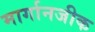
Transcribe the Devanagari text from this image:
मार्गानजीक